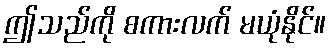
ဤသည်ကို စကားလက် မယုံနိုင်။